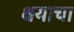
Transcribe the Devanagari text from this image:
क्षयाचा